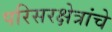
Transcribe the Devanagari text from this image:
परिसरक्षेत्रांचे